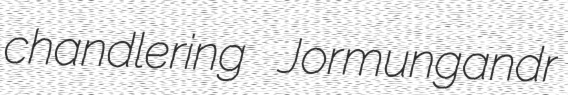
chandlering Jormungandr